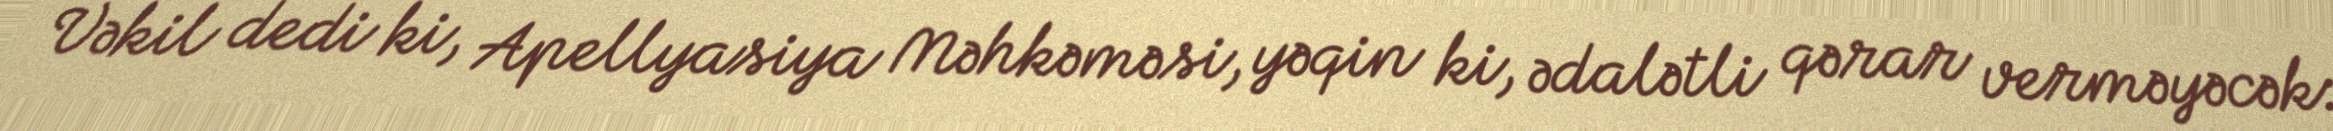
Vəkil dedi ki, Apellyasiya Məhkəməsi, yəqin ki, ədalətli qərar verməyəcək: